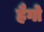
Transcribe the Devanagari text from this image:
हैगो